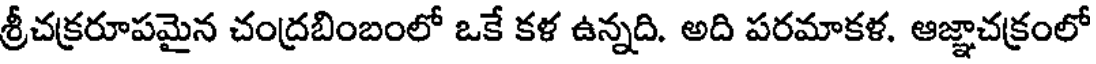
శ్రీచక్రరూపమైన చంద్రబింబంలో ఒకే కళ ఉన్నది. అది పరమాకళ. ఆజ్ఞాచక్రంలో